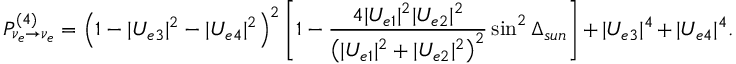
P _ { { \nu } _ { e } \to { \nu } _ { e } } ^ { ( 4 ) } = \left( 1 - | U _ { e 3 } | ^ { 2 } - | U _ { e 4 } | ^ { 2 } \right) ^ { 2 } \left[ 1 - \frac { 4 | U _ { e 1 } | ^ { 2 } | U _ { e 2 } | ^ { 2 } } { \left( | U _ { e 1 } | ^ { 2 } + | U _ { e 2 } | ^ { 2 } \right) ^ { 2 } } \sin ^ { 2 } { \Delta _ { s u n } } \right] + | U _ { e 3 } | ^ { 4 } + | U _ { e 4 } | ^ { 4 } .